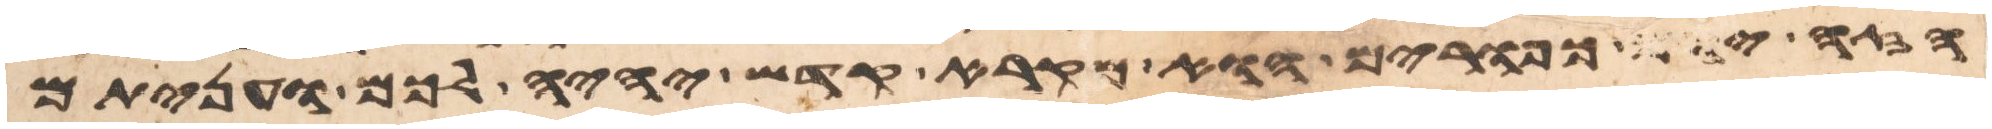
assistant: הזה יום כפורים הוא מקרא קדש יהיה לכם ועניתם